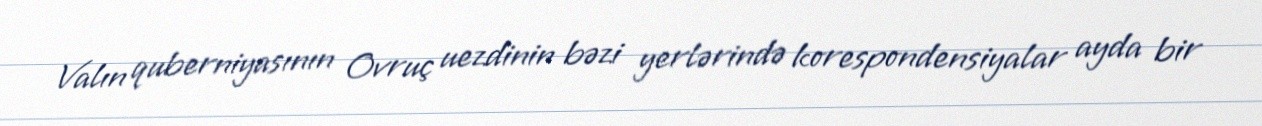
Valın quberniyasının Ovruç uezdinin bəzi yerlərində korespondensiyalar ayda bir